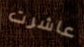
عاشرت